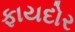
ફાયદોર